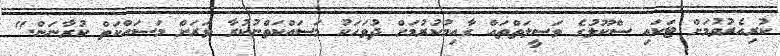
ކުރިއެރުވުމަށް ޓަކައި ސްކޫލުގެ ވަސީލަތްތައް ގާއިމުކުރުމަށް ދުވަހަކު މަސައްކަތްނުކުރާ ވަރަށް މަސައްކަތް ކުރާނަން."